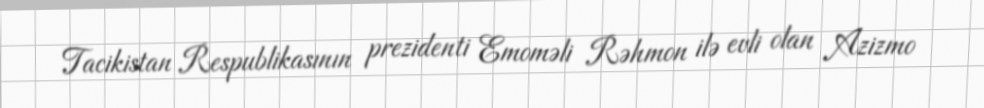
Tacikistan Respublikasının prezidenti Emoməli Rəhmon ilə evli olan Azizmo